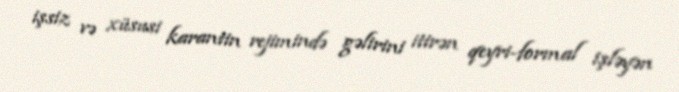
işsiz və xüsusi karantin rejimində gəlirini itirən qeyri-formal işləyən